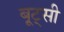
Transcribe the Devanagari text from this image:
बूट्सी